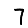
Digit: 7